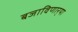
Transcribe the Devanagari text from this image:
बजाविणार्‍या